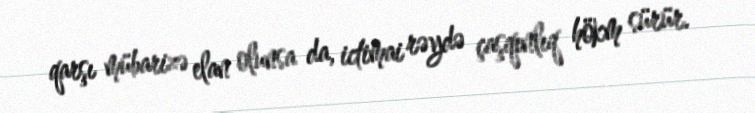
qarşı mübarizə elan olunsa da, ictimai rəydə çaşqınlıq hökm sürür.